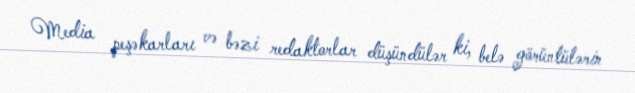
Media peşəkarları və bəzi redaktorlar düşündülər ki, belə görüntülərin